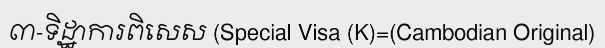
៣-ទិដ្ឋាការពិសេស (Special Visa (K)=(Cambodian Original)